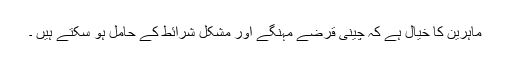
ماہرین کا خیال ہے کہ چینی قرضے مہنگے اور مشکل شرائط کے حامل ہو سکتے ہیں ۔